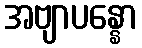
အဗျာပန္နော